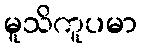
မူသိကူပမာ